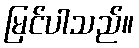
မြင်ပါသည်။